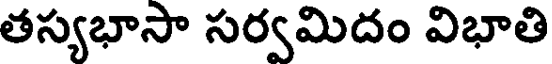
తస్యభాసా సర్వమిదం విభాతి